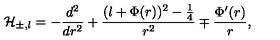
{ \cal H } _ { \pm , l } = - \displaystyle \frac { d ^ { 2 } } { d r ^ { 2 } } + \displaystyle \frac { ( l + \Phi ( r ) ) ^ { 2 } - \frac { 1 } { 4 } } { r ^ { 2 } } \mp \displaystyle \frac { \Phi ^ { \prime } ( r ) } { r } ,